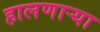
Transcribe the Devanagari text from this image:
हालणाऱ्या